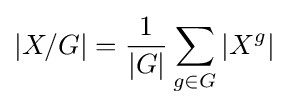
\left|X/G\right|={\frac {1}{\left|G\right|}}\sum _{g\in G}\left|X^{g}\right|